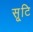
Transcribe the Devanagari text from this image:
सृ्टि